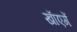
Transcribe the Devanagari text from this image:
खाॅएगें